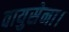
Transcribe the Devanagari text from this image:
वायुसेना।